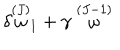
\delta \stackrel { ( J ) } { \omega } _ { 1 } + \gamma \stackrel { ( J - 1 ) } { \omega }